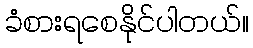
ခံစားရစေနိုင်ပါတယ်။